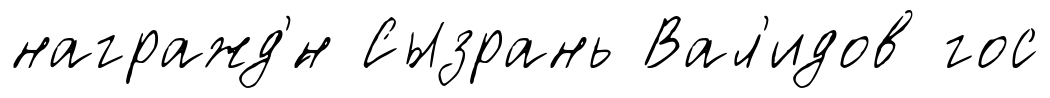
награжд'́н Сызрань Вал'идов гос